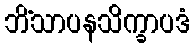
ဘိံသာပနသိက္ခာပဒံ